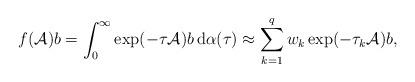
LaTeX: \begin{align*}f({\cal A})b = \int_0^{\infty} \exp(- \tau {\cal A})b\, {\rm d}{\alpha} (\tau)\approx \sum_{k=1}^q w_k \exp(-\tau_k {\cal A})b,\end{align*}